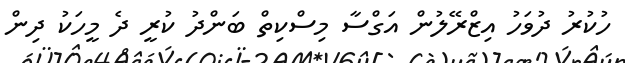
ހުކުރު ދުވަހު އިޒްރޭލުން އަގްސާ މިސްކިތް ބަންދު ކުރީ ދެ މީހަކު ދިން